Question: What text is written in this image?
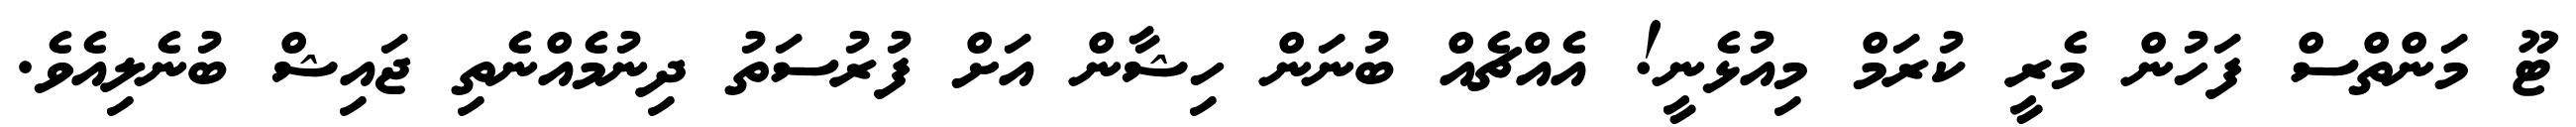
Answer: ޓޫ މަންތްސް ފަހުން މެރީ ކުރަމް މިއުޅެނީ! އެއްޗެއް ބުނަން ހިޝާން އަށް ފުރުސަތު ދިނުމެއްނެތި ޖައިޝް ބުނެލިއެވެ.